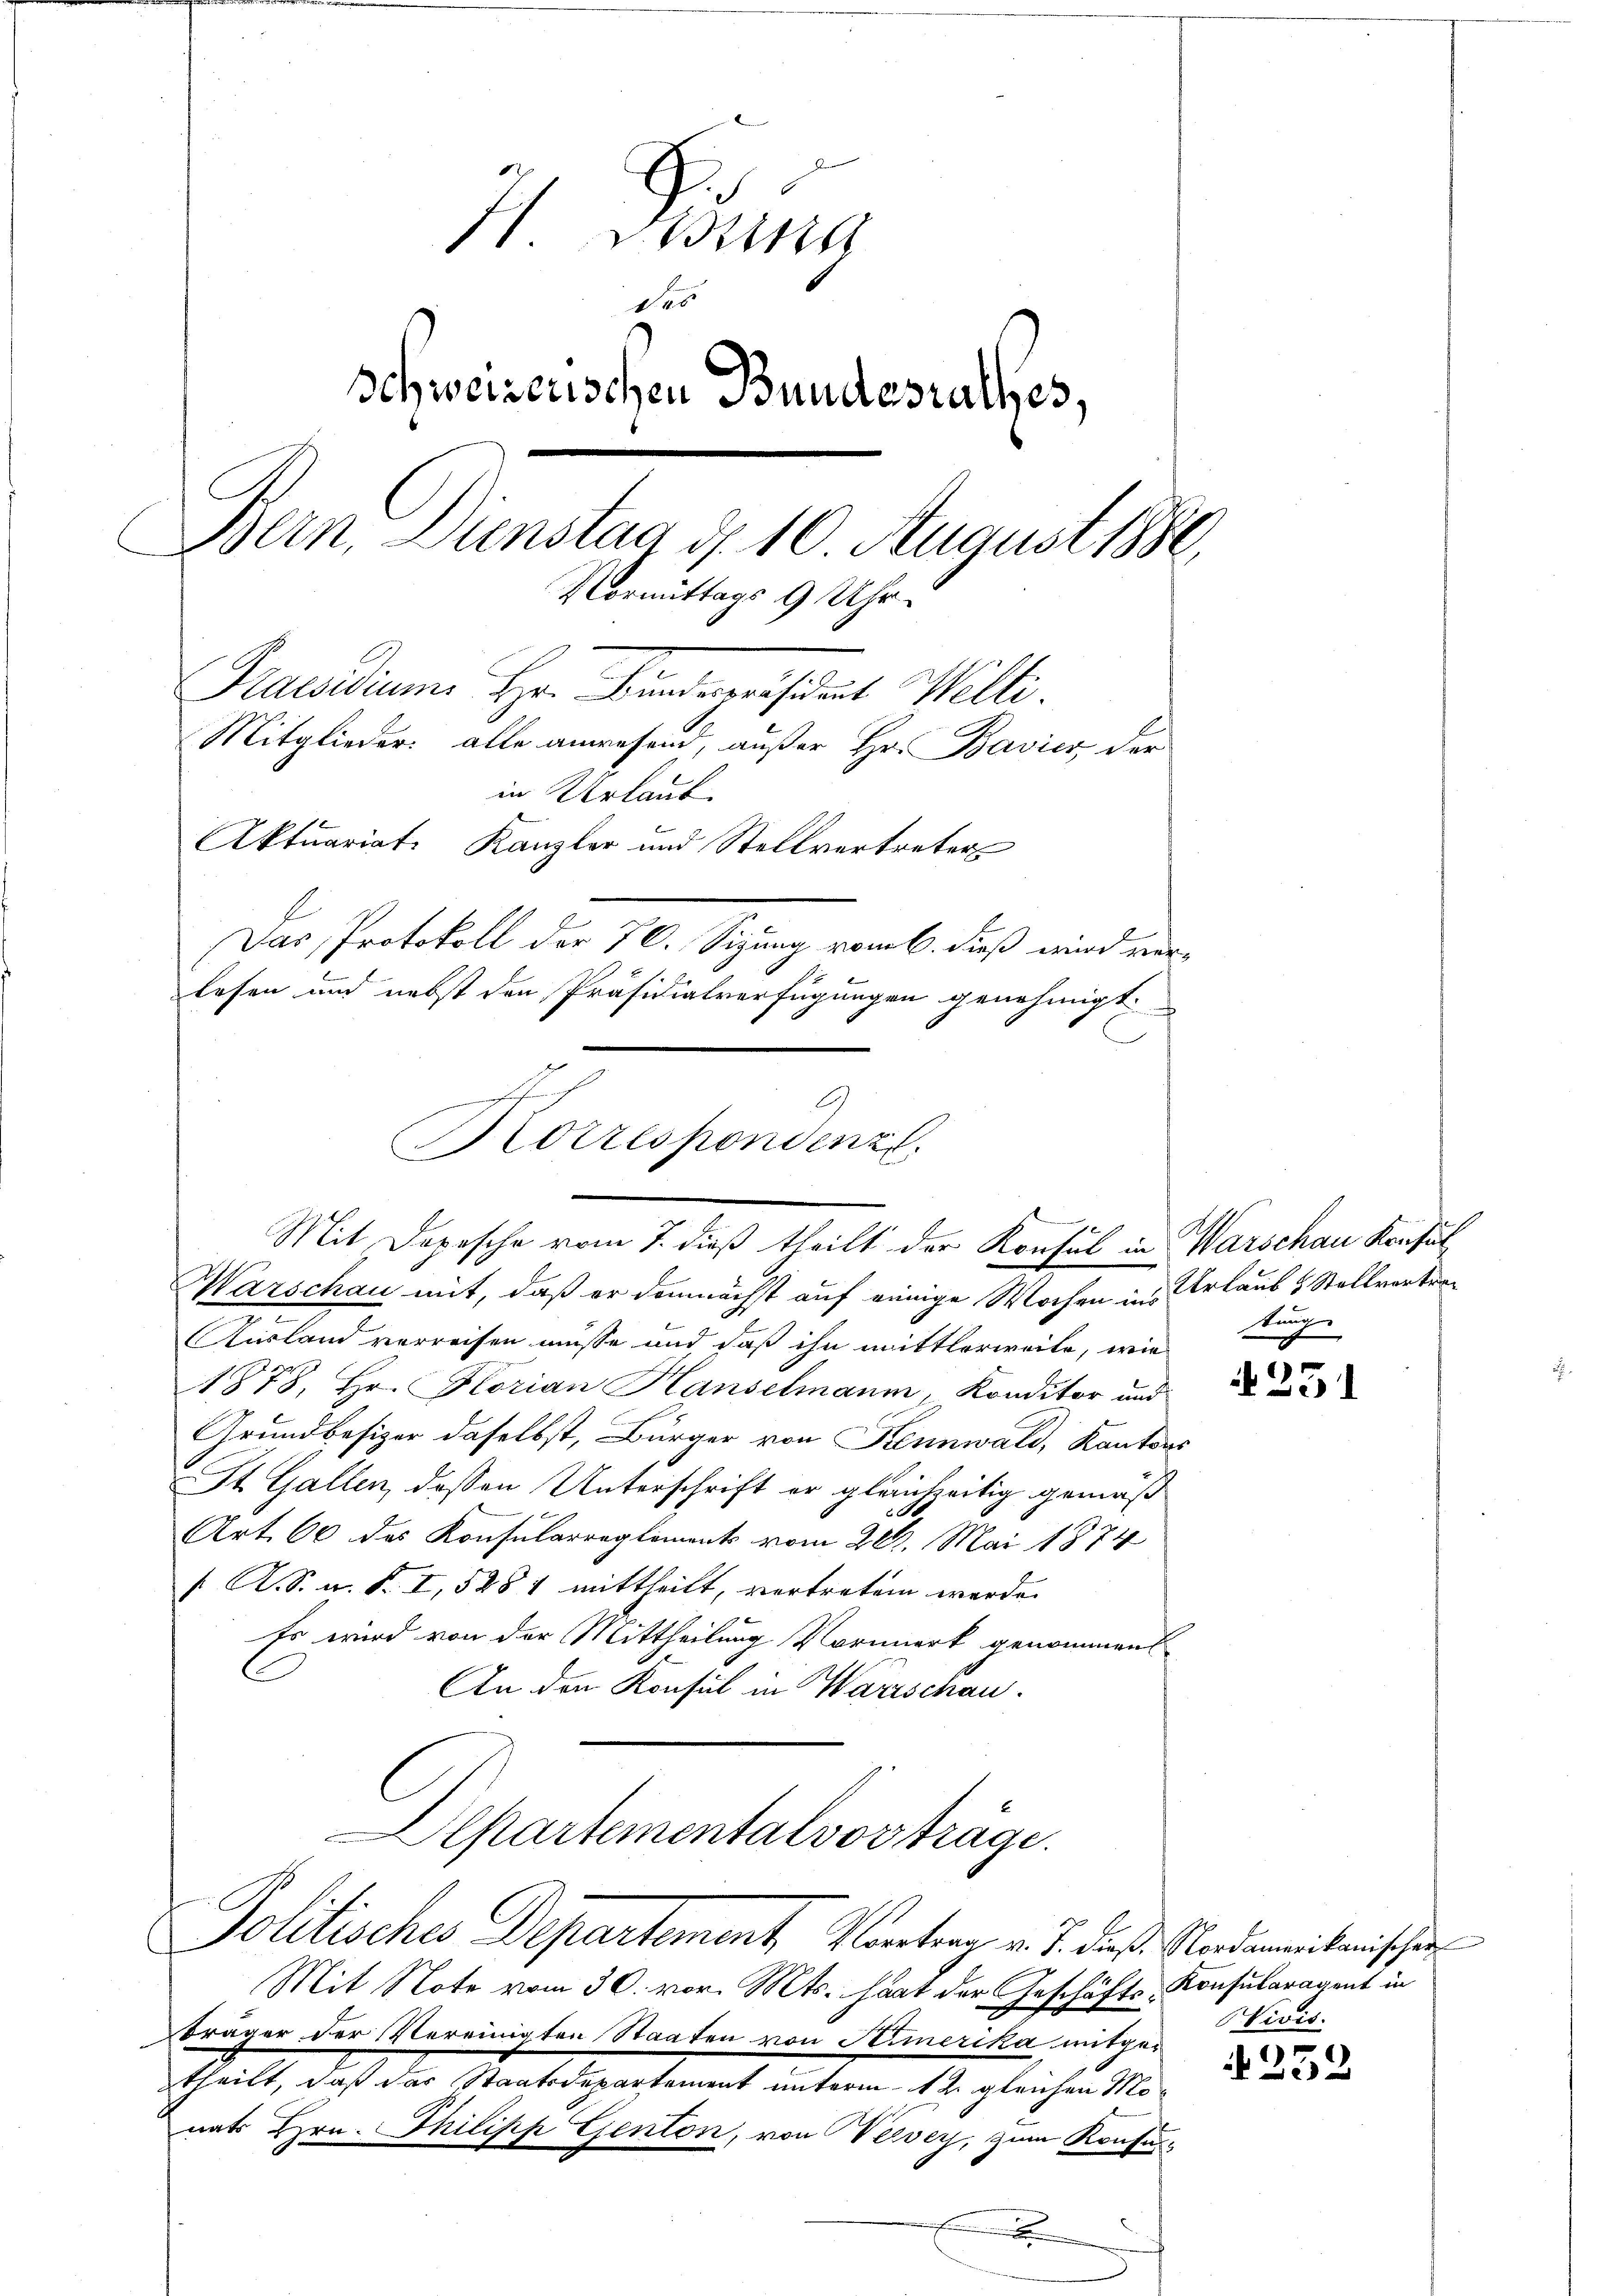
I. Weina
1
Schweizerischen Bundesrathes,
Bern, Dienstag d. 10. August 1880,
Vormittags 9 Uhr.
Hauadium Hr. Findepresiduit Welti.
Mitglieder alle anwesend, außer Hr. Bavier der
in Urlaub
Aktuariat. Kanzler und Stellvertreter
Das Protokoll der 70. Sizung vom 6. dieß wird verlesen und nebst den Präsidialverfügungen genehmigt.

G
Korrespondenzl.
Mit Dopische vom 7. dieß theilt der Konsul in

e

Warschau mit, daß er demnächst auf einige Wochen in Urlaub & Stellvertra¬
Ausland verreisen müsse und daß ihn mittlerweile, wie
1878, Hr. Horian Hanselmann, Konditor und
Grundbesizer daselbst, Bürger von Kennwald, Kanton
St. Gallen, deßen Unterschrift er gleichzeitig gemäß
Art. 60 des Konsularreglement vom 20. Mai 1874
 A. S. n. F. I, 528 1 mittheilt, vertreten werde.
Es wird von der Mittheilung Vormerk genommen
An den Konsul in Warschau.
Departementalvorträge.
Politisches Departement, Vortrag v. J. dieß Nordamerikanischen
Mit Note vom 30. vor. Mts. hat der Geschäfts-Konsularagent in
Bräger der Vereinigten Staaten von Amerika mitgetheilt, daß das Staatsdepartement unterm 12. gleichen Monats Hrn. Philipp Genton, von Verver, zum Konsu¬
E

Warschau Konsul
kung

251

Wivis.

252